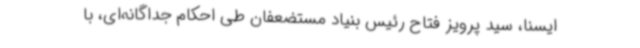
ایسنا، سید پرویز فتاح رئیس بنیاد مستضعفان طی احکام جداگانه‌ای، با